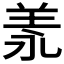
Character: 𦍛